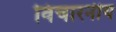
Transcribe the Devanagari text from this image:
विचारनीय